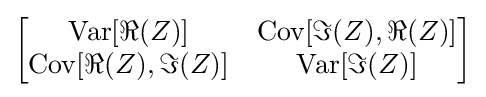
{\begin{bmatrix}\operatorname {Var} [\Re {(Z)}]&\operatorname {Cov} [\Im {(Z)},\Re {(Z)}]\\\operatorname {Cov} [\Re {(Z)},\Im {(Z)}]&\operatorname {Var} [\Im {(Z)}]\end{bmatrix}}